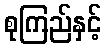
စုကြည်နှင့်